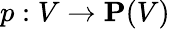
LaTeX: p:V\to\mathbf{P}(V)